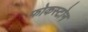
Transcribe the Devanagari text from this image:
फोकस्टोन